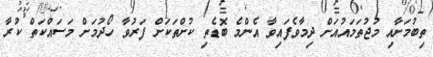
ތިބުމަށާއި މުޖުތަމައުއަށް ދިމާވެފައިވާ އެންމެ ބޮޑެތި ކުށްތަކަށް ފަރުވާ ހޯދުމަށް މަސައްކަތް ކުރާ